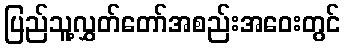
ပြည်သူ့လွှတ်တော်အစည်းအဝေးတွင်